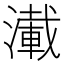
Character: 𰝑